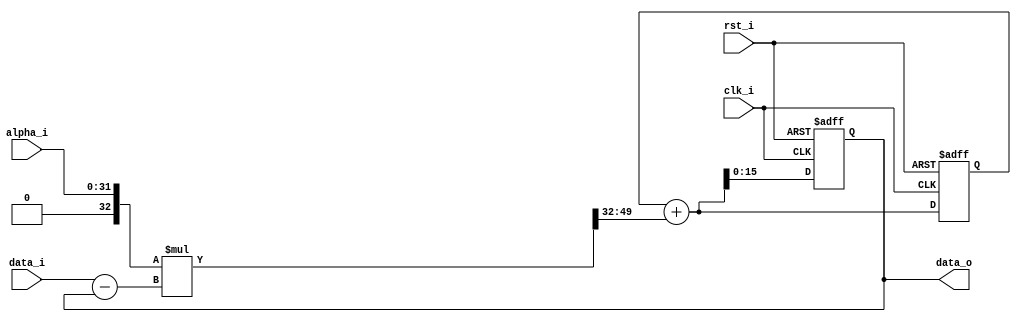
`timescale 1ns / 1ps
//////////////////////////////////////////////////////////////////////////////////
//////////////////////////////////////////////////////////////////////////////////


module exp_average #(
    parameter WIDTH = 16,
    parameter alpha_WIDTH = 32,
    parameter CARRY =  $clog2(WIDTH),
    parameter alpha_CARRY =  $clog2(alpha_WIDTH + 1)
    )(
    
    input wire clk_i,
    input wire rst_i,
    input wire signed [WIDTH-1:0] data_i,
    input wire [alpha_WIDTH-1:0] alpha_i,
    
    output wire signed [WIDTH-1:0] data_o
    );
    
    wire signed [alpha_WIDTH:0] signed_alpha;
    reg signed [WIDTH - 1 : 0] out_d, out_q;
    reg signed [WIDTH + CARRY - 1 : 0] difference;
    reg signed [alpha_WIDTH + WIDTH + CARRY : 0] adjustment, temp;
    reg signed [alpha_WIDTH : 0] scaled_adjustment;
    reg signed [alpha_WIDTH + alpha_CARRY - 1 : 0] scaled_out_d, scaled_out_q;
    
    assign data_o = out_q;
    assign signed_alpha = {1'b0,alpha_i};
    
    always @(posedge clk_i or posedge rst_i) begin
        if (rst_i) begin
            out_q <= 0;
            scaled_out_q <= 0;
        end else begin
            out_q <= out_d;
            scaled_out_q <= scaled_out_d;
        end
    end
    
    always @(*) begin
        difference = data_i - out_q;
        adjustment = signed_alpha * difference;
        temp = adjustment >>> alpha_WIDTH;
        scaled_adjustment = temp[alpha_WIDTH : 0]; 
        scaled_out_d = scaled_out_q + scaled_adjustment;
        out_d = scaled_out_d[WIDTH - 1 : 0];
    end
    
endmodule